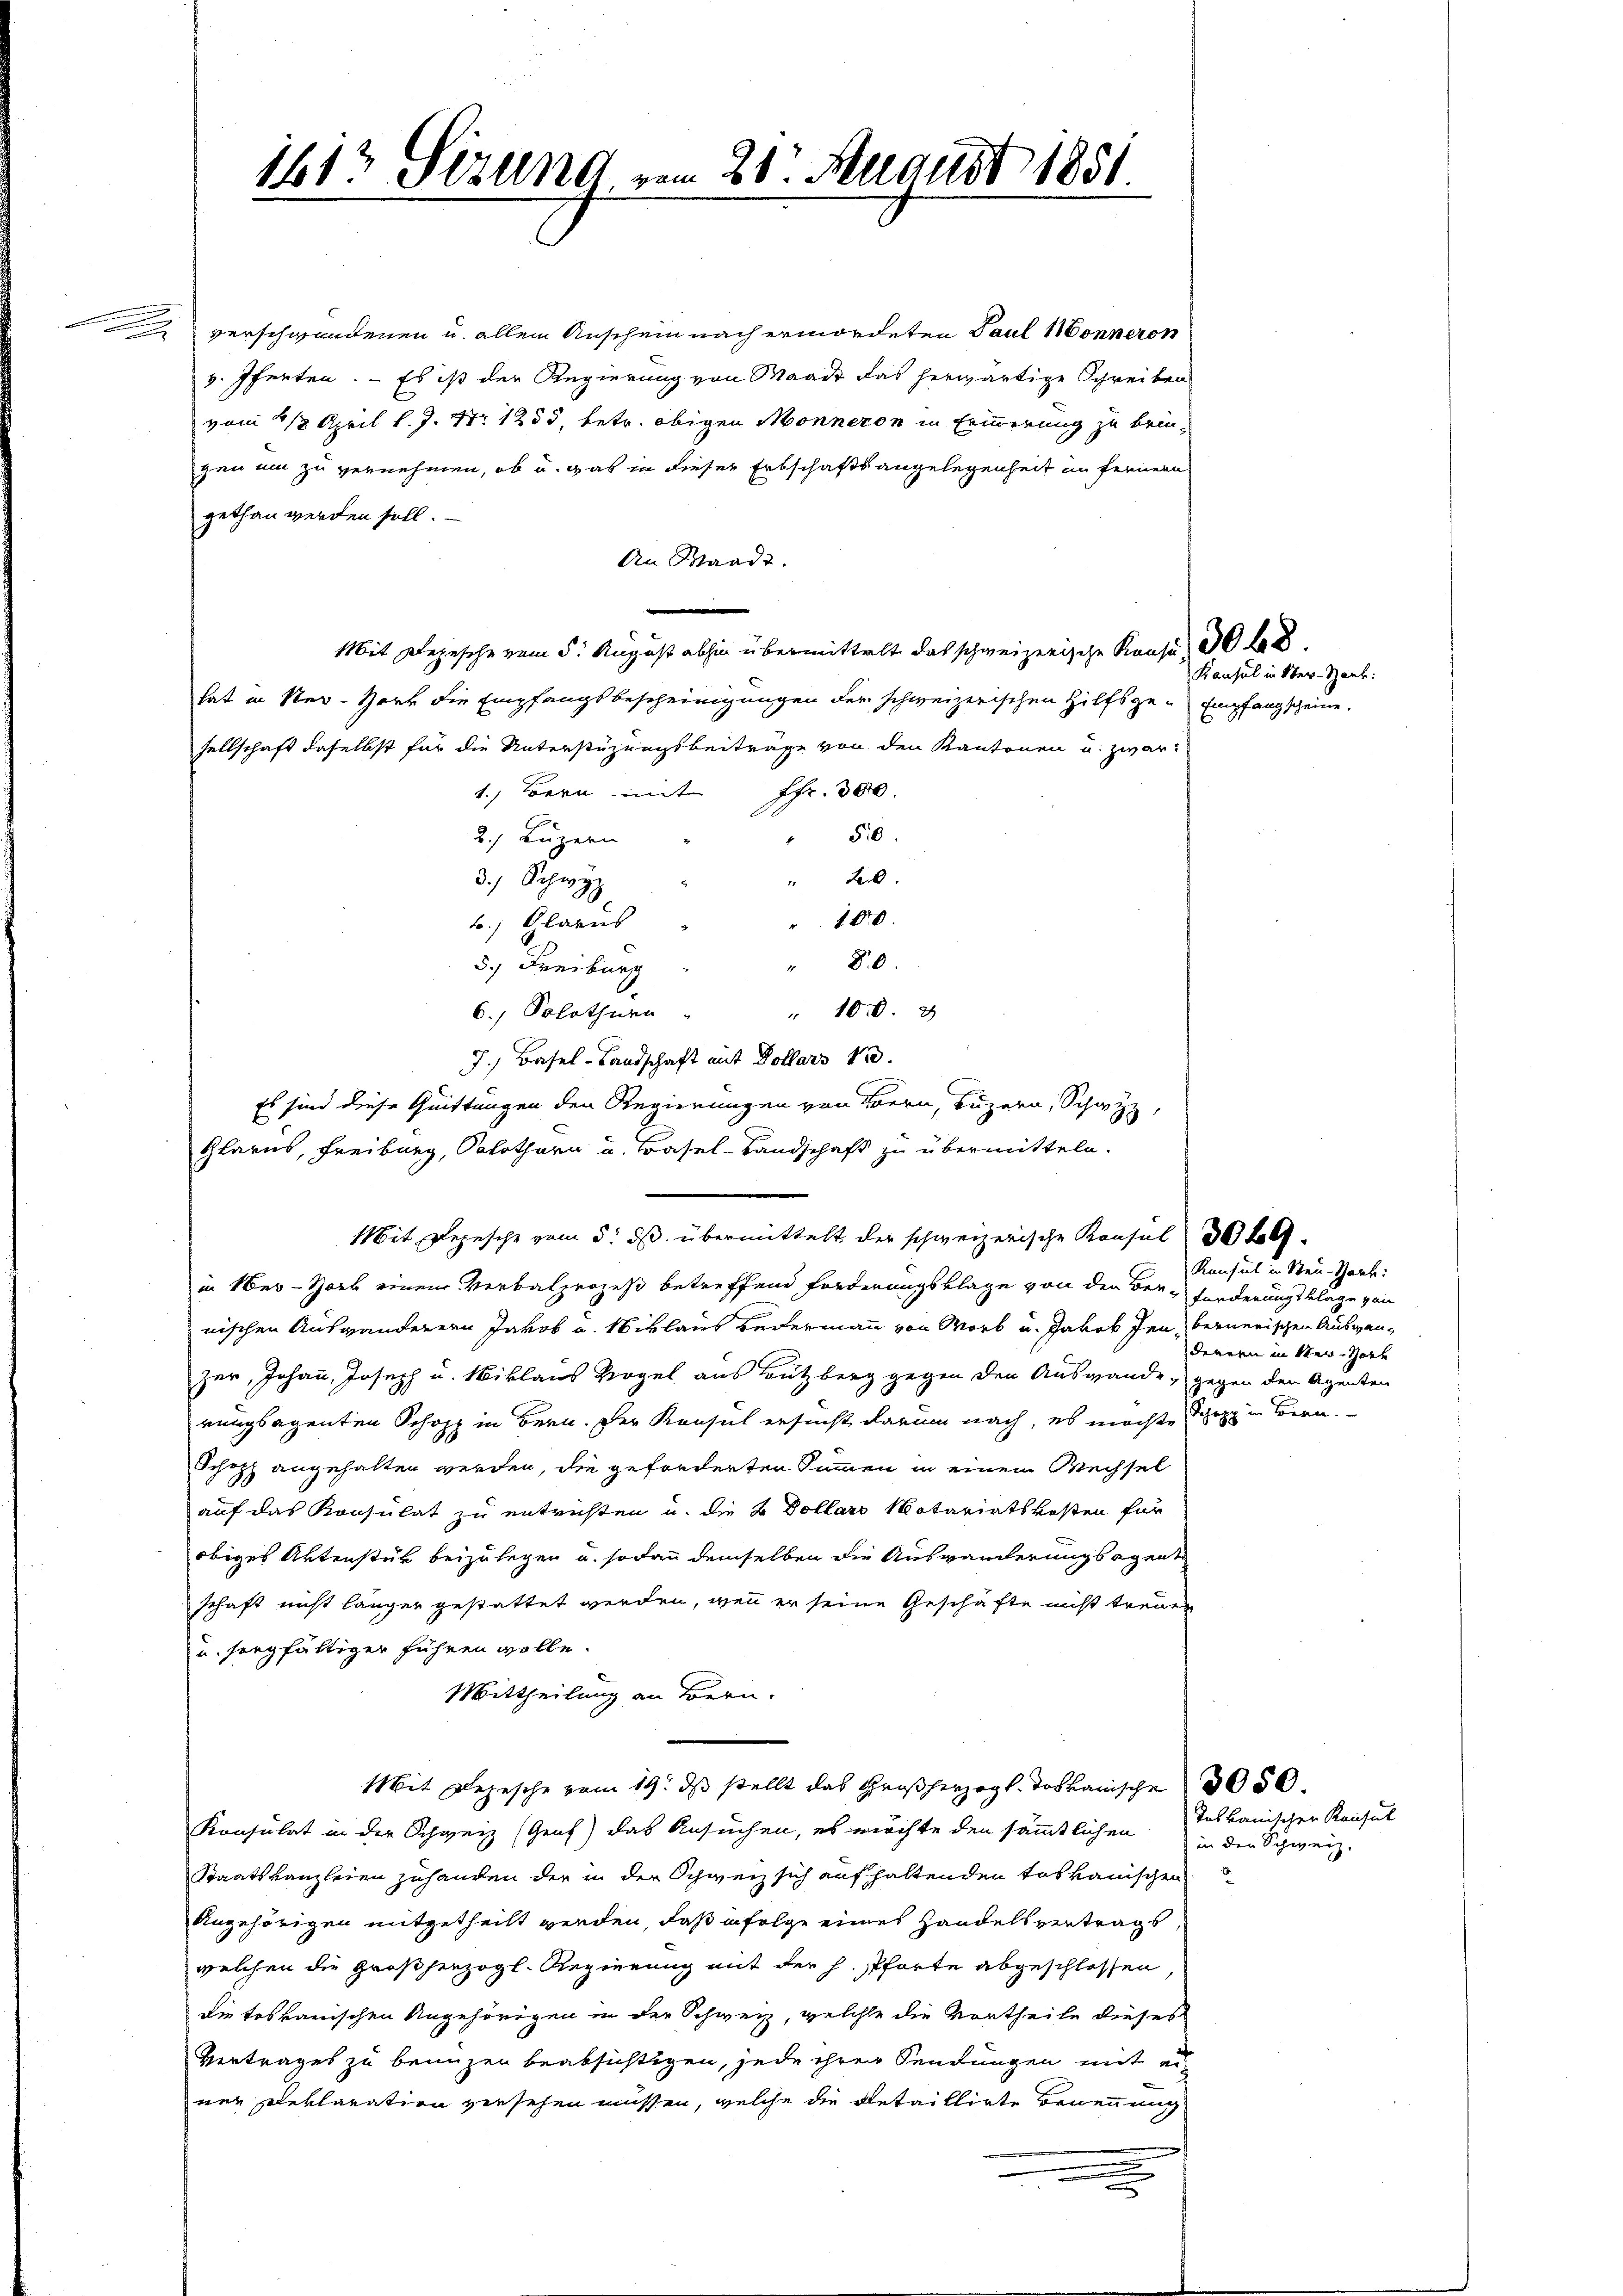
n

verschwendenen u. allein Anschein nach ermordeten Paul Wonneron
v. Iferten. - Es ist der Regierung von Waadt das herwärtige Schreiben
vom 1 1/2 April l. J. Nr. 1235, betr. obigen Monneren in Erinnerung zu bringen um zu vernehmen, ob u. was in dieser Erbschaftsangelegenheit im fernern
gethan werden soll.
An Waadt.
Mit Depesche vom 5. August abhin übermittelt das schweizerische Kruse, 30 t 8
hat in Ster-Hort die Empfangsbescheinigungen der schweizerischen Hilfsge-Empfangscheine.
sellschaft daselbst für die Unterstüzungsbeiträge von den Kantonen u. zwar
1.) Bern mit Fr. 300.
510.
2.) Luzern
20.
3.) Schwyz
1
100.
b.) Glarus
" 80.
5.) Freiburg
" 100. 3
6.) Solothurn
7.) Basel-Landschaft mit Dollars 130.
Es sind diese Quittungen den Regierungen von Bern, Luzern, Schwyz,
Glarus, Freiburg, Solothurn u. Basel-Landschaft zu übermitteln.
in New-York einem Verbalprozeß betreffend Forderungsklage von den Ber-Forderungsklage von
nischen Auswanderern Jakob u. Niklaus Bedermann von Worb u. Jakob den bernerischen Auswanzer, Johann, Joseph u. Niklaus Vogel aus Butzberg gegen den Ausgande gegen den Agenten
rungsagenten Schopp in Bern. Der Konsul ersucht darum nach, es möchte Schaz in Bern.
Schopf angehalten werden, die geforderten Summen in einem Wechsel
auf das Konsulat zu entrichten u. die B Dollars Notariatskosten für
obiges Artenstük beizulegen u. sodann demselben die Auswanderungs egent
schaft nicht länger gestattet werden, wenn er seine Geschäfte nicht treuen
und sorgfältiger führen wolle.
Mittheilung an Bern.
Mit Depesche vom 19. dβ stellt das Gr. 3050.
Konsulat in der Schweiz (Genf) das Ansuchen, es möchte den sämmtlichen in der Schweiz.
Staatskanzleien zuhanden der in der Schweiz sich auf haltenden toskanischen
Angehörigen mitgetheilt werden, daß in folge eines Handelsvertrags
welchen die Großherzogl. Regierung mit der H. Pforte abgeschlossen,
die toskanischen Angehörigen in der Schweiz, welche die Vortheile dieses
Vertrages zu benuzen beabsichtigen, jede ihrer Sendungen mit ei
ner Reklaration versehen müssen, welche die Detaillirte Benen nic

1613 Stzung vom 28. August 1851
2

Mit Depesche vom 5. ds. übermittelt der schweizerische Konsul 30 fol

Kansul in Ster-Hant:

Konsul in Steu-Sart:
derern in ker-Hort

Toskanischen Kausul